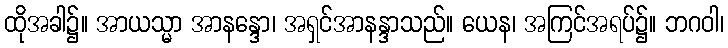
ထိုအခါ၌။ အာယသ္မာ အာနန္ဒော၊ အရှင်အာနန္ဒာသည်။ ယေန၊ အကြင်အရပ်၌။ ဘဂဝါ၊